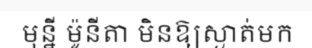
មុន្នី ម៉ូនីតា មិនឱ្យស្ងាត់មក